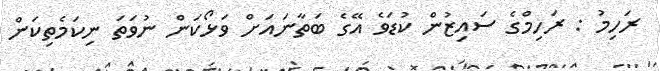
ރަހިމު : ރަހިމްގެ ސައިޒުން ކުޑަވެ އޭގެ ބަތާނައަށް ވަޅޯކަން ނުވަތަ ނިކަމެތިކަން